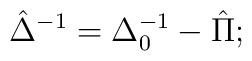
\hat{\Delta}^{-1} = \Delta_0^{-1} - \hat{\Pi};